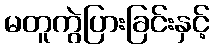
မတူကွဲပြားခြင်းနှင့်